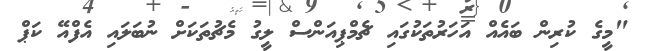
"މީގެ ކުރިން ބައެއް އަހަރުތަކުގައި ޗެމްޕިއަންސް ލީގު މެޗުތަކަށް ނުބަލައި އެފްއޭ ކަޕް